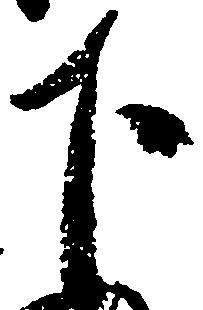
下